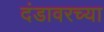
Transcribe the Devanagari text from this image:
दंडावरच्या